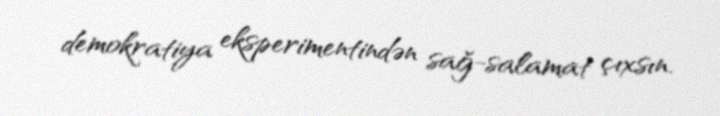
demokratiya eksperimentindən sağ-salamat çıxsın.